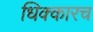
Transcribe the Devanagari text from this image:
धिक्कारच